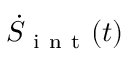
\dot { S } _ { \mathrm { ~ i ~ n ~ t ~ } } ( t )